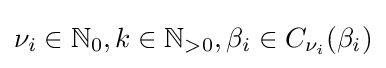
\nu _{i}\in \mathbb {N} _{0},k\in \mathbb {N} _{>0},\beta _{i}\in C_{\nu _{i}}(\beta _{i})